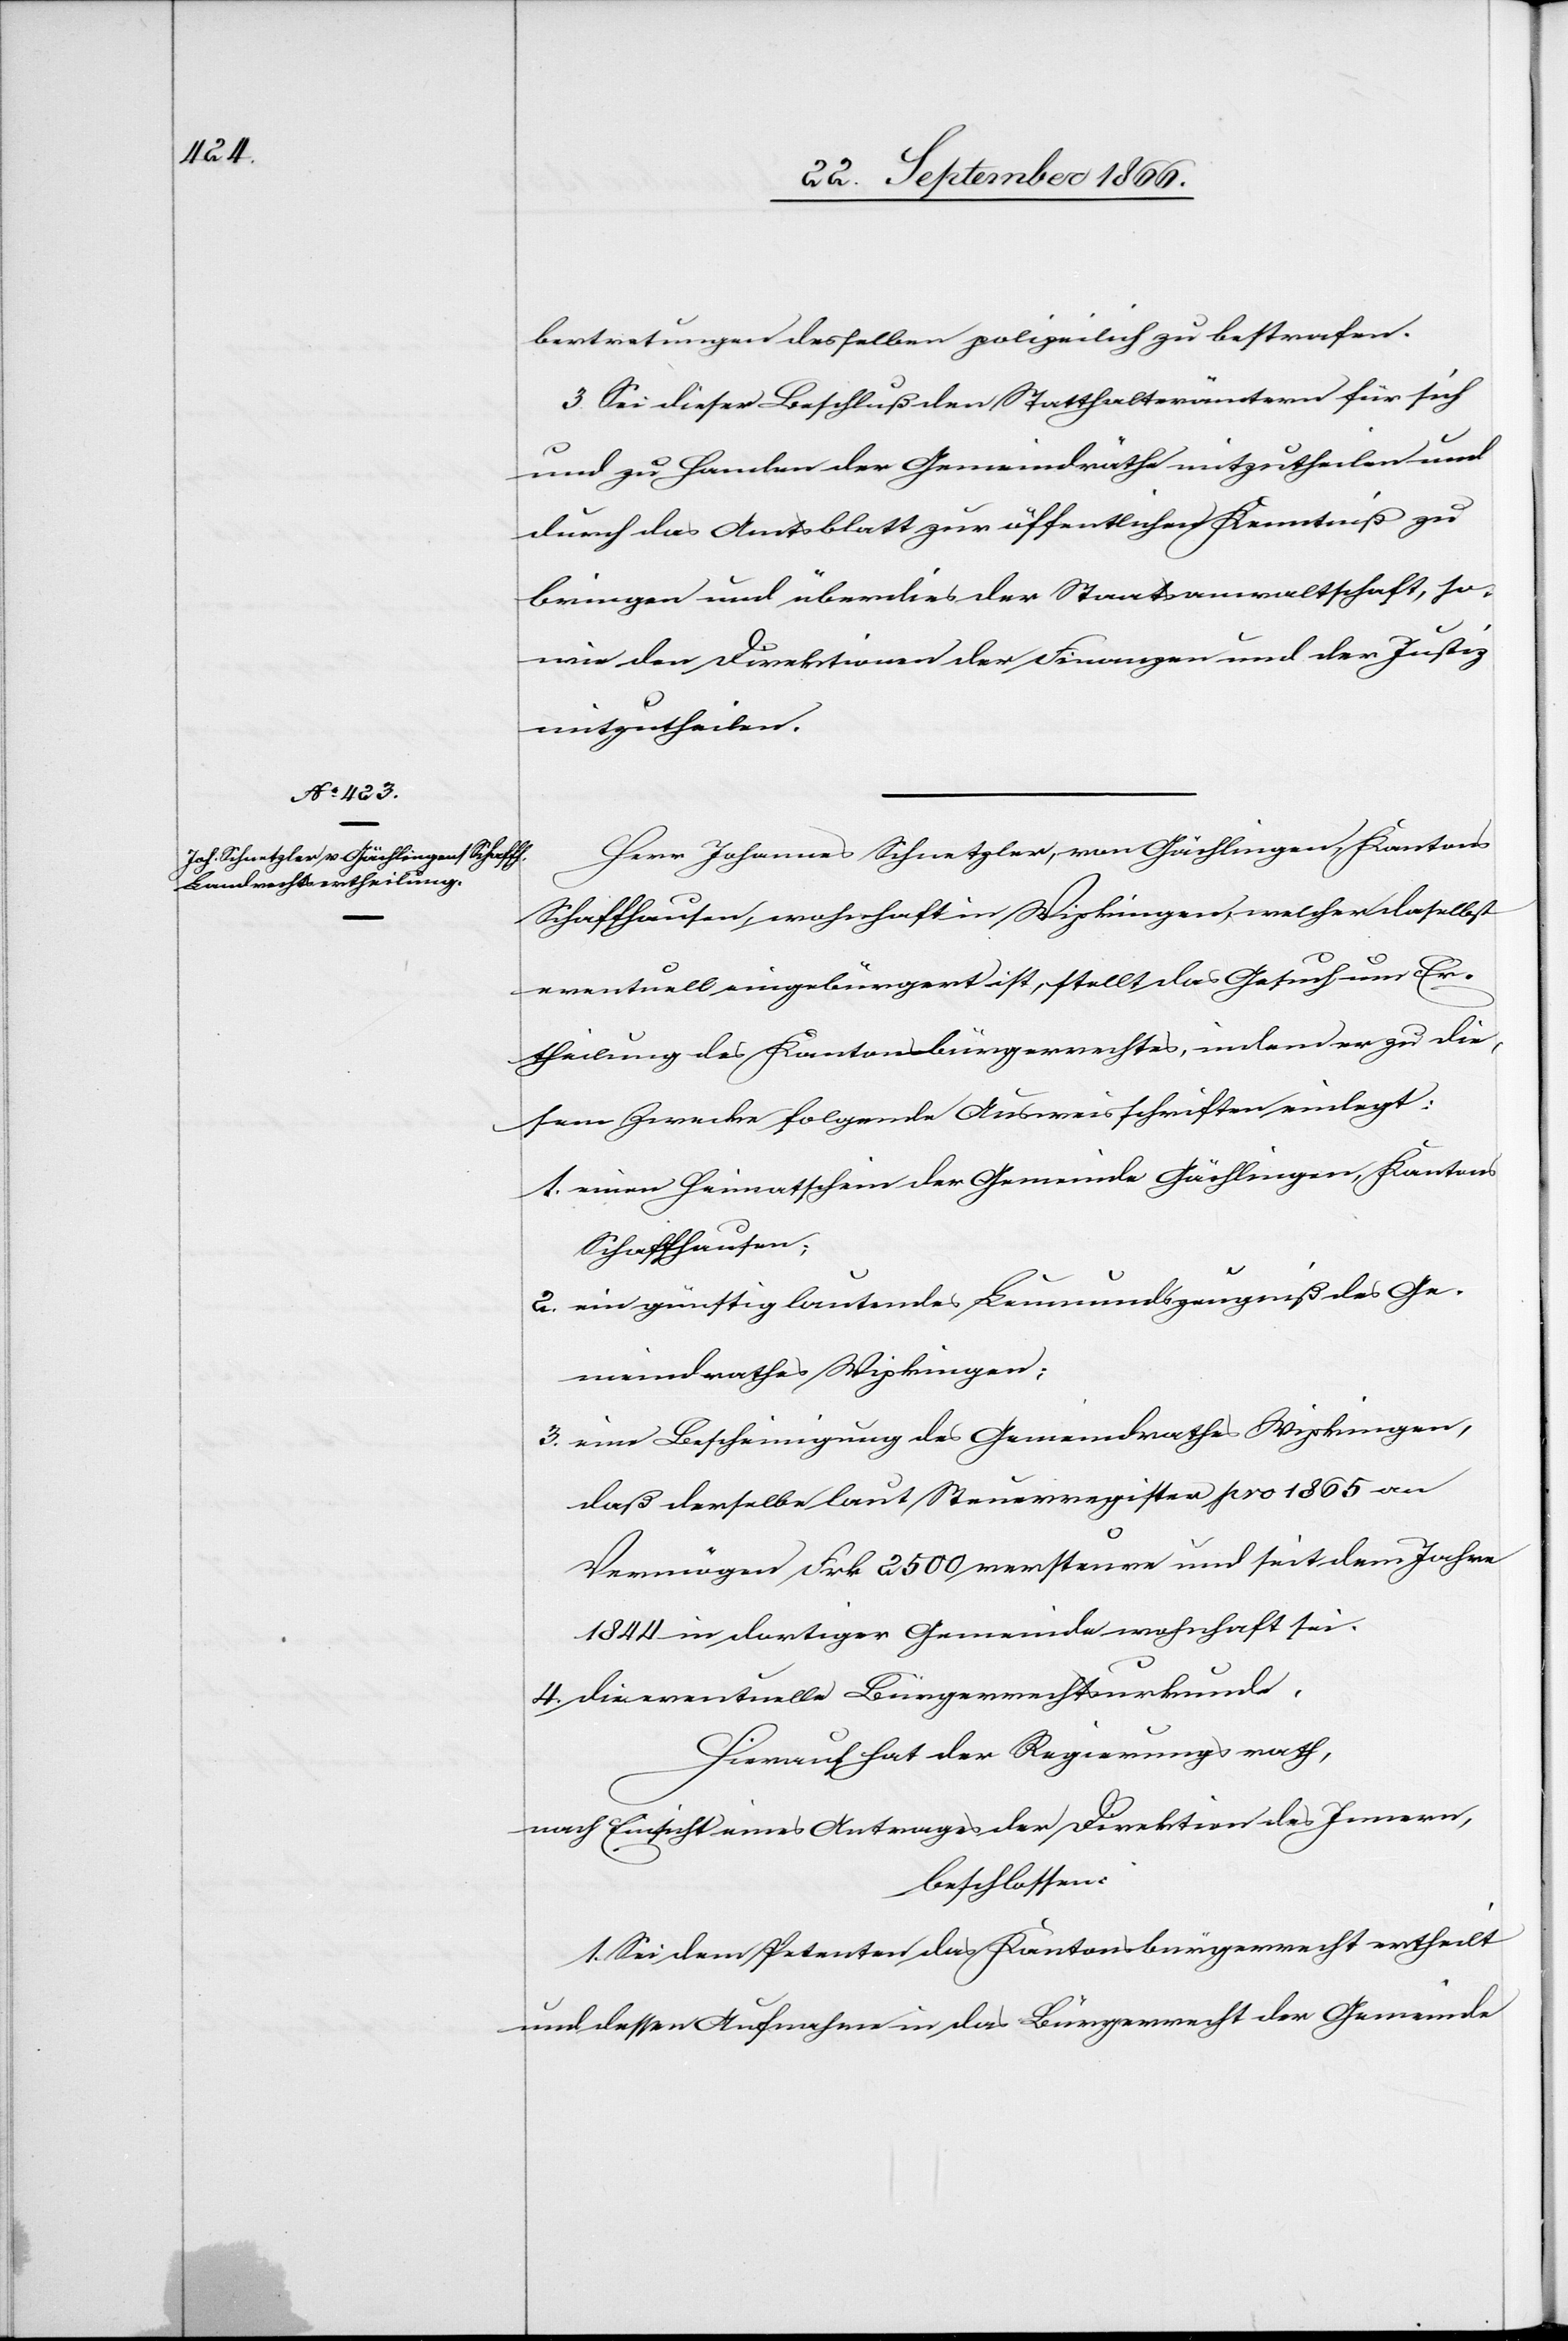
bertretungen desselben polizeilich zu bestrafen.
3. Sei dieser Beschluß den Statthalterämtern für sich
und zu Handen der Gemeindräthe mitzutheilen und
durch das Amtsblatt zur öffentlichen Kenntniß zu
bringen und überdies der Staatsanwaltschaft, so¬
wie der Direktion der Finanzen und der Justiz
mitzutheilen.
Herr Johannes Schnetzler, von Gächlingen, Kantons
Schaffhausen, wohnhaft in Wipkingen, welcher daselbst
eventuell eingebürgert ist, stellt das Gesuch um Er¬
theilung des Kantonsbürgerrechtes, indem er zu die¬
sem Zwecke folgende Ausweisschriften einlegt:
1. einen Heimatschein der Gemeinde Gächlingen, Kantons
Schaffhausen;
2. ein günstig lautendes Leumundszeugniß des Ge¬
meindrathes Wipkingen;
3. eine Bescheinigung des Gemeindrathes Wipkingen,
daß derselbe laut Steuerregister pro 1865 an
Vermögen Frk. 2500 versteure und seit dem Jahre
1844 in dortiger Gemeinde wohnhaft sei.
4. Die eventuelle Bürgerrechtsurkunde.
Hiernach hat der Regierungsrath,
nach Einsicht eines Antrages der Direktion des Innern,
beschlossen:
1. Sei dem Petenten das Kantonsbürgerrecht ertheilt
und dessen Aufnahme in das Bürgerrecht der Gemeinde